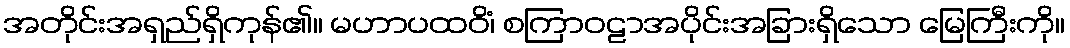
အတိုင်းအရှည်ရှိကုန်၏။ မဟာပထဝိံ၊ စကြာဝဠာအပိုင်းအခြားရှိသော မြေကြီးကို။